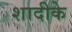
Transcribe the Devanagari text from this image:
शादीके